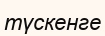
түскенге